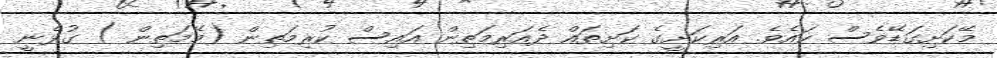
މޭކަށިގަޑޭވެސް ކައެވެ. އަރިކަށީގެ ކަށިތައް ދެއަރިމަތިން އައިސް ކުރިމަތިން (މޭމަތިން ) ގުޅެނީ